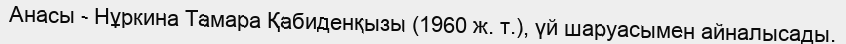
Анасы - Нұркина Тамара Қабиденқызы (1960 ж. т.), үй шаруасымен айналысады.